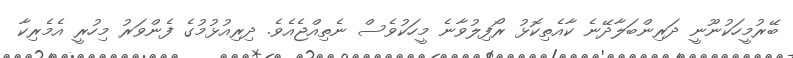
ބޭރުމީހަކުނޫނީ ދަރިންބަލާދޭނެ ކާއެތިކޮޅު ރޯފިލުވާނެ މީހަކުވެސް ނެތިއްޖެއެވެ. ދިރިއުޅުމުގެ ފެންވަރު މިހުރީ އެމެރިކާ